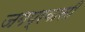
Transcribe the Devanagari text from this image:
जगप्रवासी